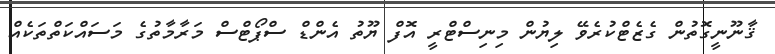
ޤާނޫނީގޮތުން ގެޒެޓްކުރެވޭ ލިޔުން މިނިސްޓްރީ އޮފް ޔޫތު އެންޑް ސްޕޯޓްސް މަރާމާތުގެ މަސައްކަތްތަކެއް